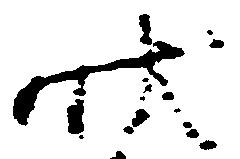
状